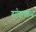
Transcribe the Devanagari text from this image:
गरोदरपणाच्या